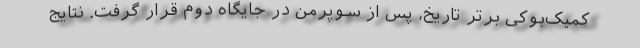
کمیک‌بوکی برتر تاریخ، پس از سوپرمن در جایگاه دوم قرار گرفت. نتایج